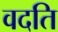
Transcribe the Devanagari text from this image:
वदति